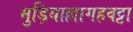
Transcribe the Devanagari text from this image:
मुड़ियाल्लागहवट्टा